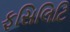
ફસિલિટિ